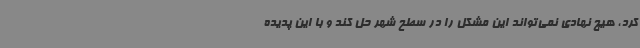
کرد، هیچ نهادی نمی‌تواند این مشکل را در سطح شهر حل کند و با این پدیده